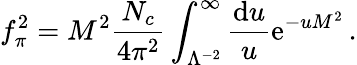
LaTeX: f_{\pi}^{2}=M^{2}{\frac{N_{c}}{4\pi^{2}}}\int_{\Lambda^{-2}}^{\infty}{\frac{\mathrm{d}u}{u}}\mathrm{e}^{-uM^{2}}\, .